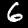
Label: 6